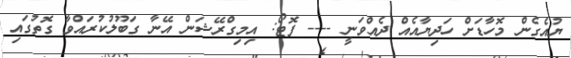
ޔުއެގެން މޮހާޑަށް ހަދިޔާއެއް ދެއްވަނީ ---- ފޮޓޯ: އިމިގްރޭޝަން އޭނާ ގަބޫލުކުރައްވާ ގޮތުގައި